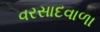
વરસાદવાળા